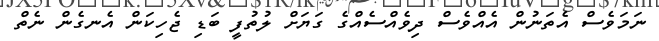
ނަމަވެސް އެތަނުން އެއްވެސް ދިވެއްސެއްގެ ގަޔަށް ލުތުފީ ބަޑި ޖެހިކަން އެނގެން ނެތް